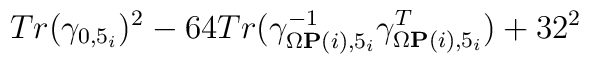
Tr(\gamma_{0,5_i})^2 - 64Tr(\gamma^{-1}_{\Omega{\bf P}(i),5_i}\gamma^T_{\Omega{\bf P}(i),5_i}) + 32^2